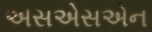
એસએસએન